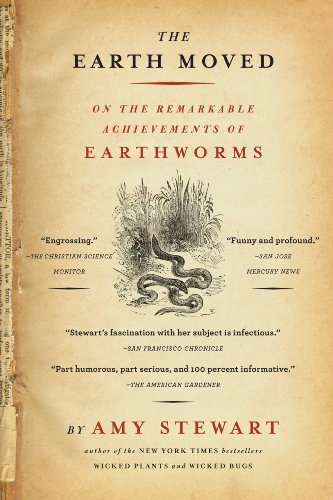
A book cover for The Earth Moved: On the Remarkable Achievements of Earthworms; Amy Stewart; Science & Math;